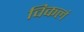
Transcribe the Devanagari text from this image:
विकलं